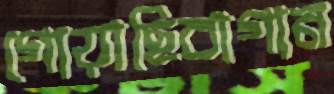
গোয়াছিবাগান